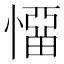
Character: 𭞬